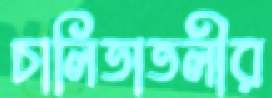
চালিতাতলীর